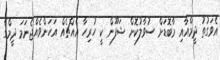
އެވަގުތު ދީމްއާއި މާބޮޑަށް ސުވާލުކޮށް ޝަފޫން ކީ ހުރިހާ އެއްޗެއް އަހަންވެއްޖެނަމަ ދީމްގެ